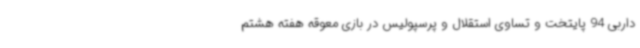
داربی 94 پایتخت و تساوی استقلال و پرسپولیس در بازی معوقه هفته هشتم